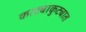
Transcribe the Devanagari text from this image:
काट्याकुट्यात